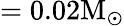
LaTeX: =0.02\mathrm{M_{\odot}}